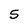
Character: 5